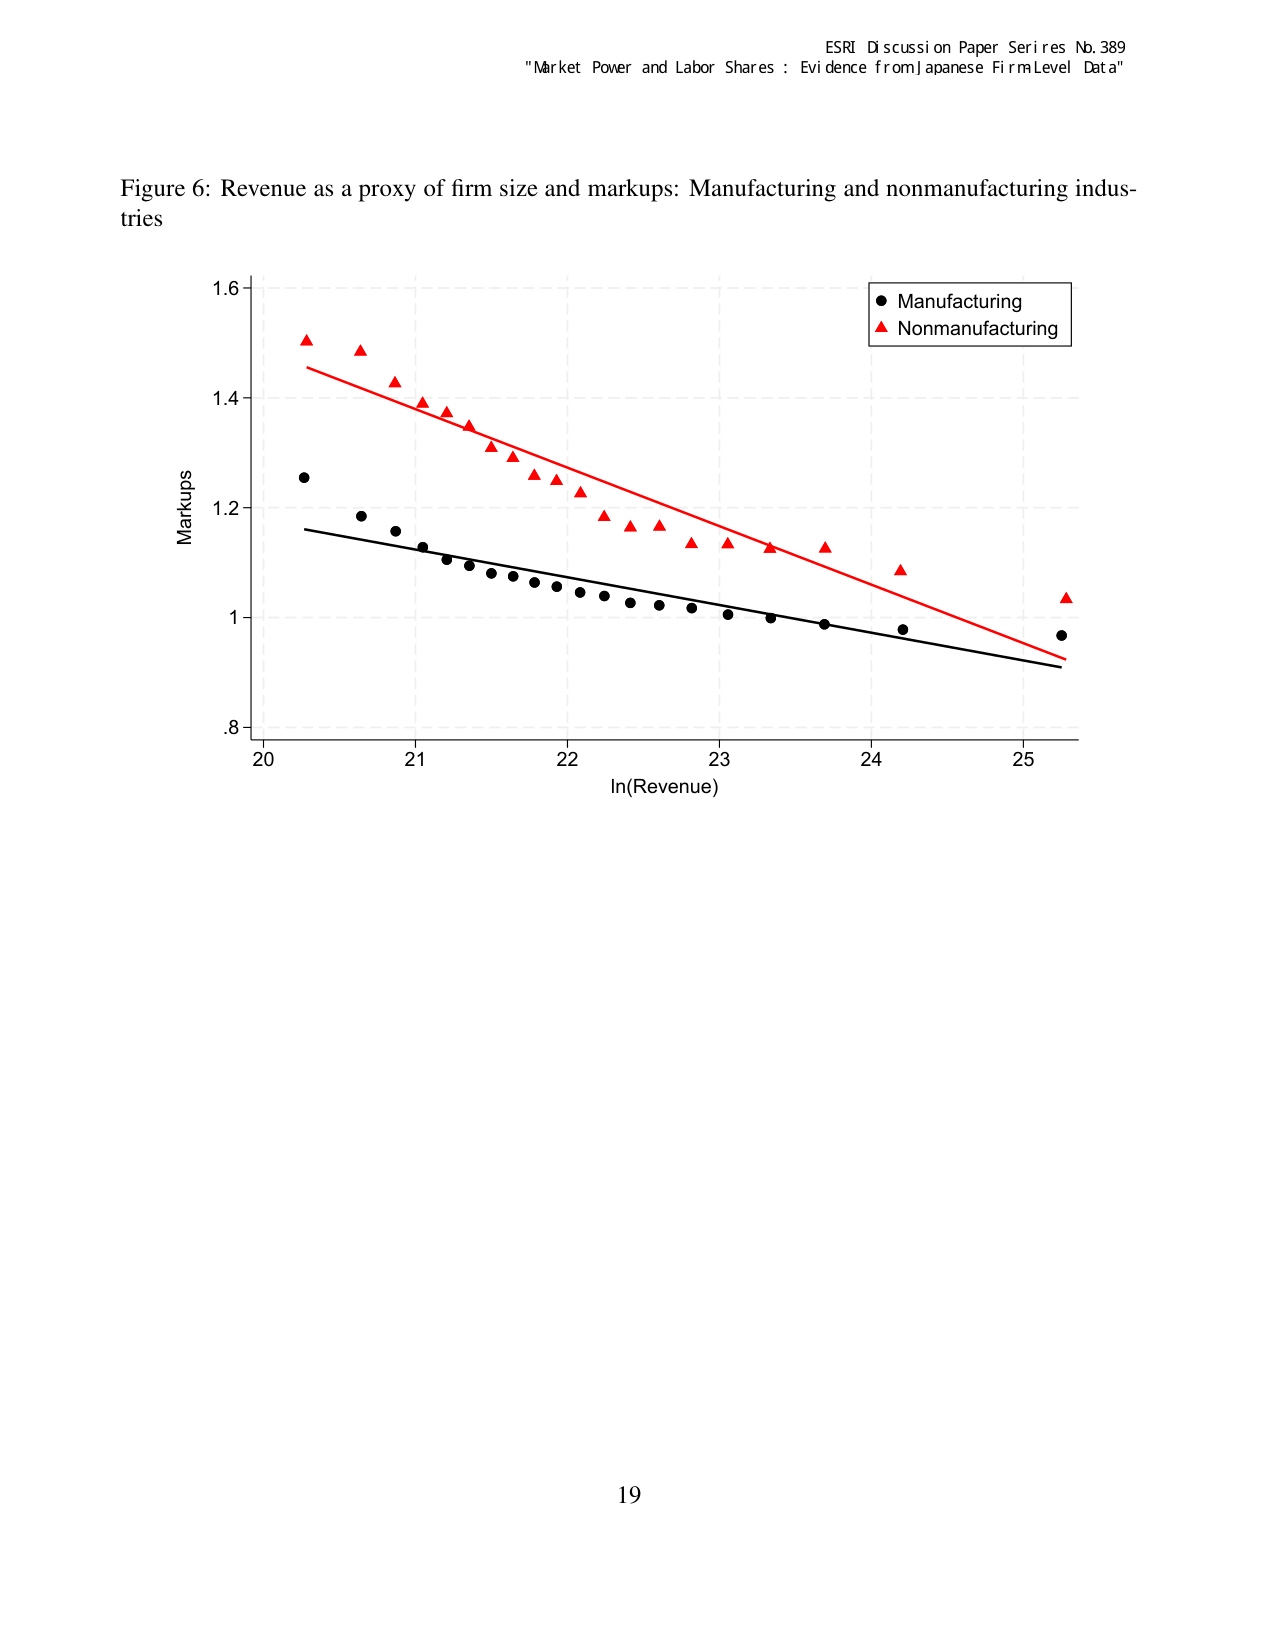
ESRI Discussion Paper Series No. 389
"Market Power and Labor Shares : Evidence from Japanese Firm Level Data"

Figure 6: Revenue as a proxy of firm size and markups: Manufacturing and nonmanufacturing industries

Markups
1.6
1.4
1.2
1.0
.8

In(Revenue)
20  21  22  23  24  25

● Manufacturing
▲ Nonmanufacturing

19